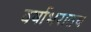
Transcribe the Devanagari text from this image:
वर्षाभरातच